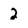
Character: 2